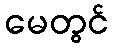
မေတွင်